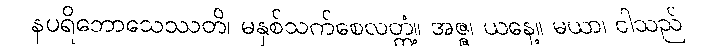
နပရိဘောသေဿတိ၊ မနှစ်သက်စေလတ္တံ့။ အဇ္ဇ၊ ယနေ့။ မယာ၊ ငါသည်